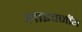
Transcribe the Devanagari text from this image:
लाइवजॉय